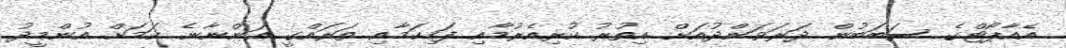
އެއާޕޯޓްގެ ސަބަބުން ދަރަވަންދުއަށް އިތުރު ކުރިއެރުމާއި ފަހިކަމާއި ތަރައްގީ އަންނާނެ ކަމަށް އުންމީދު